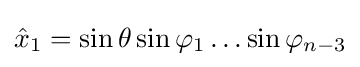
{\hat {x}}_{1}=\sin \theta \sin \varphi _{1}\ldots \sin \varphi _{n-3}